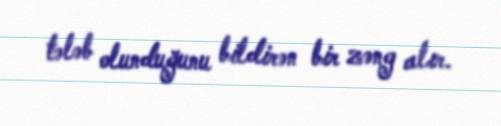
tələb olunduğunu bildirən bir zəng alır.